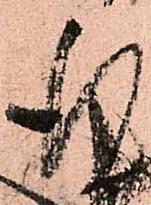
行